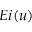
E i ( u )